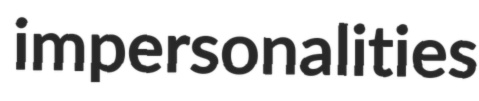
impersonalities